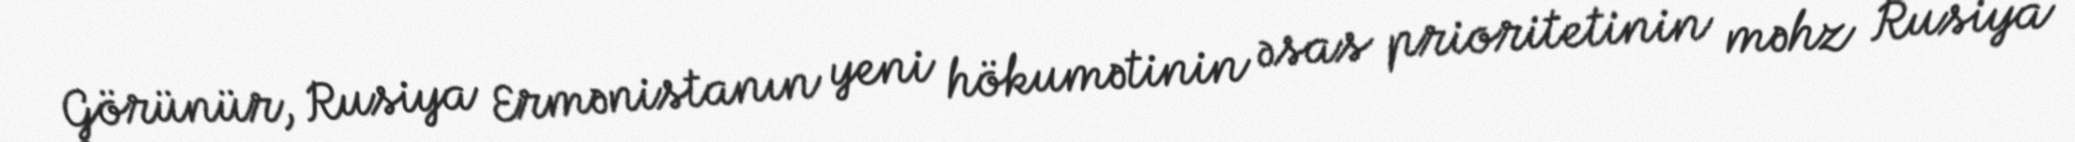
Görünür, Rusiya Ermənistanın yeni hökumətinin əsas prioritetinin məhz Rusiya